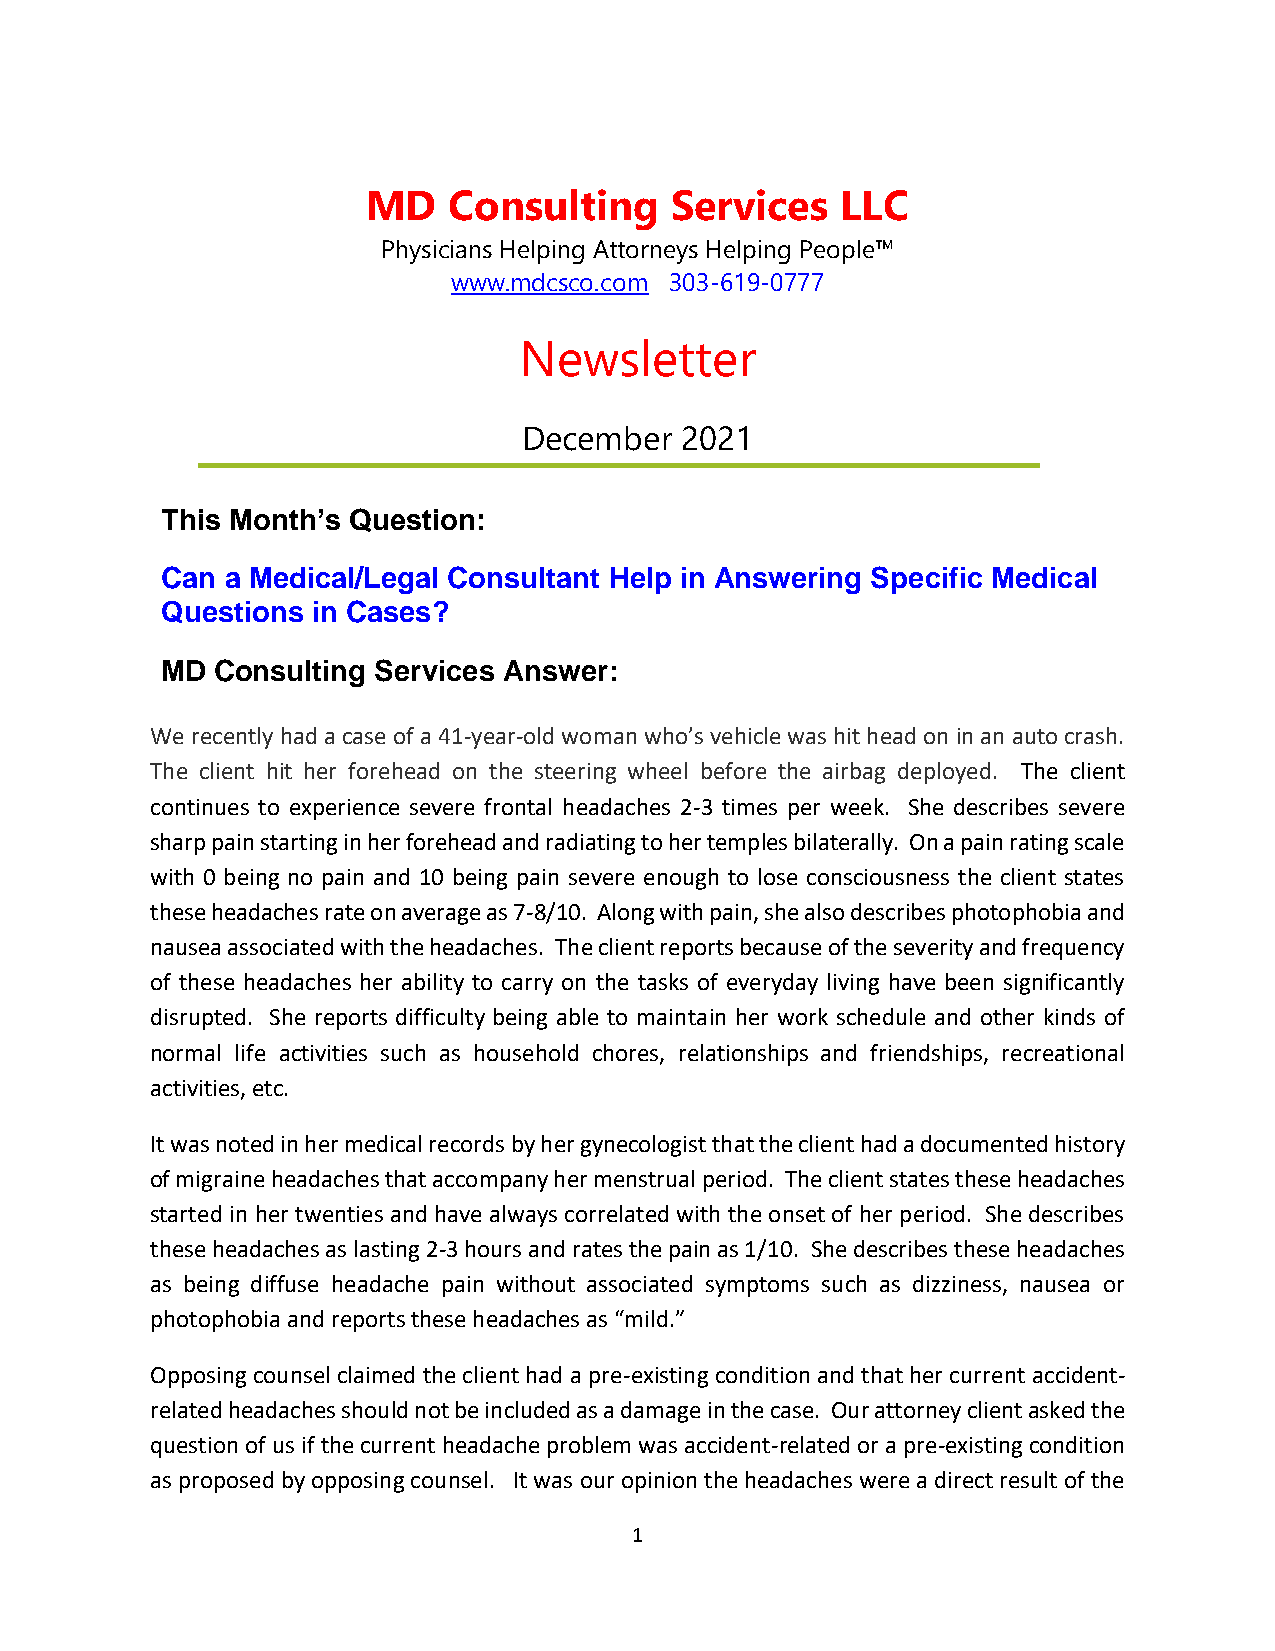
MD    Consulting    Services    LLC
 Physicians Helping Attorneys Helping People™
 www.mdcsco.com 303-619-0777
 Newsletter
 December  2021
 This Month’s Question:
 Can a Medical/Legal Consultant Help in Answering Specific Medical
 Questions in Cases?
 MD Consulting Services Answer:
 We recently had a case of a 41-year-old woman who’s vehicle was hit head on in an auto crash.
 The client hit her forehead on the steering wheel before the airbag deployed. The client
 continues to experience severe frontal headaches 2-3 times per week. She describes severe
 sharp pain starting in her forehead and radiating to her temples bilaterally. On a pain rating scale
 with 0 being no pain and 10 being pain severe enough to lose consciousness the client states
 these headaches rate on average as 7-8/10. Along with pain, she also describes photophobia and
 nausea associated with the headaches. The client reports because of the severity and frequency
 of these headaches her ability to carry on the tasks of everyday living have been significantly
 disrupted. She reports difficulty being able to maintain her work schedule and other kinds of
 normal life activities such as household chores, relationships and friendships, recreational
 activities, etc.
 It was noted in her medical records by her gynecologist that the client had a documented history
 of migraine headaches that accompany her menstrual period. The client states these headaches
 started in her twenties and have always correlated with the onset of her period. She describes
 these headaches as lasting 2-3 hours and rates the pain as 1/10. She describes these headaches
 as being diffuse headache pain without associated symptoms such as dizziness, nausea or
 photophobia and reports these headaches as “mild.”
 Opposing counsel claimed the client had a pre-existing condition and that her current accident-
 related headaches should not be included as a damage in the case. Our attorney client asked the
 question of us if the current headache problem was accident-related or a pre-existing condition
 as proposed by opposing counsel. It was our opinion the headaches were a direct result of the
 1